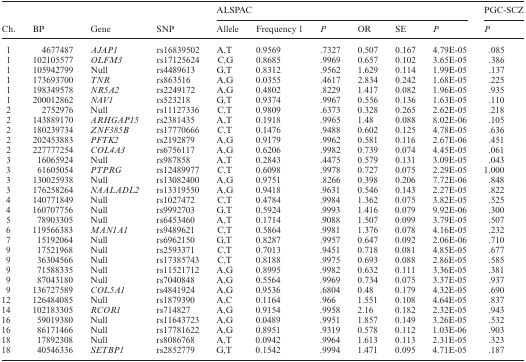
<table><thead><tr><td rowspan="2"><b>Ch.</b></td><td rowspan="2"><b>BP</b></td><td rowspan="2"><b>Gene</b></td><td rowspan="2"><b>SNP</b></td><td colspan="6"><b>ALSPAC</b></td><td><b>PGC-SCZ</b></td></tr><tr><td><b>Allele</b></td><td><b>Frequency 1</b></td><td><b><i>P</i></b></td><td><b>OR</b></td><td><b>SE</b></td><td><b><i>P</i></b></td><td><b><i>P</i></b></td></tr></thead><tbody><tr><td>1</td><td>4677487</td><td><i>AJAP1</i></td><td>rs16839502</td><td>A,T</td><td>0.9569</td><td>.7327</td><td>0.507</td><td>0.167</td><td>4.79E-05</td><td>.085</td></tr><tr><td>1</td><td>102105577</td><td><i>OLFM3</i></td><td>rs17125624</td><td>C,G</td><td>0.8685</td><td>.9969</td><td>0.657</td><td>0.102</td><td>3.65E-05</td><td>.386</td></tr><tr><td>1</td><td>105942799</td><td>Null</td><td>rs4489613</td><td>G,T</td><td>0.8312</td><td>.9562</td><td>1.629</td><td>0.114</td><td>1.99E-05</td><td>.137</td></tr><tr><td>1</td><td>173693700</td><td><i>TNR</i></td><td>rs863516</td><td>A,G</td><td>0.0355</td><td>.4617</td><td>2.834</td><td>0.242</td><td>1.68E-05</td><td>.225</td></tr><tr><td>1</td><td>198349578</td><td><i>NR5A2</i></td><td>rs2249172</td><td>A,G</td><td>0.4802</td><td>.8229</td><td>1.417</td><td>0.082</td><td>1.96E-05</td><td>.935</td></tr><tr><td>1</td><td>200012862</td><td><i>NAV1</i></td><td>rs523218</td><td>G,T</td><td>0.9374</td><td>.9967</td><td>0.556</td><td>0.136</td><td>1.63E-05</td><td>.110</td></tr><tr><td>2</td><td>2752976</td><td>Null</td><td>rs11127336</td><td>C,T</td><td>0.9809</td><td>.6373</td><td>0.328</td><td>0.265</td><td>2.62E-05</td><td>.218</td></tr><tr><td>2</td><td>143889170</td><td><i>ARHGAP15</i></td><td>rs2381435</td><td>A,T</td><td>0.1918</td><td>.9965</td><td>1.48</td><td>0.088</td><td>8.02E-06</td><td>.105</td></tr><tr><td>2</td><td>180239734</td><td><i>ZNF385B</i></td><td>rs17770666</td><td>C,T</td><td>0.1476</td><td>.9488</td><td>0.602</td><td>0.125</td><td>4.78E-05</td><td>.636</td></tr><tr><td>2</td><td>202453883</td><td><i>PFTK2</i></td><td>rs2192879</td><td>A,G</td><td>0.9179</td><td>.9962</td><td>0.581</td><td>0.116</td><td>2.67E-06</td><td>.451</td></tr><tr><td>2</td><td>227777254</td><td><i>COL4A3</i></td><td>rs6756117</td><td>A,G</td><td>0.6206</td><td>.9982</td><td>0.739</td><td>0.074</td><td>4.45E-05</td><td>.061</td></tr><tr><td>3</td><td>16065924</td><td>Null</td><td>rs987858</td><td>A,T</td><td>0.2843</td><td>.4475</td><td>0.579</td><td>0.131</td><td>3.09E-05</td><td>.043</td></tr><tr><td>3</td><td>61605054</td><td><i>PTPRG</i></td><td>rs12489977</td><td>C,T</td><td>0.6098</td><td>.9978</td><td>0.727</td><td>0.075</td><td>2.29E-05</td><td>1.000</td></tr><tr><td>3</td><td>130025938</td><td>Null</td><td>rs13082400</td><td>A,G</td><td>0.9751</td><td>.8266</td><td>0.398</td><td>0.206</td><td>7.72E-06</td><td>.848</td></tr><tr><td>3</td><td>176258264</td><td><i>NAALADL2</i></td><td>rs13319550</td><td>A,G</td><td>0.9418</td><td>.9631</td><td>0.546</td><td>0.143</td><td>2.27E-05</td><td>.822</td></tr><tr><td>4</td><td>140771849</td><td>Null</td><td>rs1027472</td><td>C,T</td><td>0.4784</td><td>.9984</td><td>1.362</td><td>0.075</td><td>3.82E-05</td><td>.525</td></tr><tr><td>4</td><td>160707756</td><td>Null</td><td>rs9992703</td><td>G,T</td><td>0.5924</td><td>.9993</td><td>1.416</td><td>0.079</td><td>9.92E-06</td><td>.300</td></tr><tr><td>5</td><td>78903305</td><td>Null</td><td>rs6453460</td><td>A,T</td><td>0.1714</td><td>.9088</td><td>1.507</td><td>0.099</td><td>3.79E-05</td><td>.507</td></tr><tr><td>6</td><td>119566383</td><td><i>MAN1A1</i></td><td>rs9489621</td><td>C,T</td><td>0.5864</td><td>.9981</td><td>1.376</td><td>0.078</td><td>4.16E-05</td><td>.232</td></tr><tr><td>7</td><td>15192064</td><td>Null</td><td>rs6962150</td><td>G,T</td><td>0.8287</td><td>.9957</td><td>0.647</td><td>0.092</td><td>2.06E-06</td><td>.710</td></tr><tr><td>9</td><td>17521968</td><td>Null</td><td>rs2593371</td><td>C,T</td><td>0.7013</td><td>.9451</td><td>0.718</td><td>0.081</td><td>4.85E-05</td><td>.677</td></tr><tr><td>9</td><td>36304566</td><td>Null</td><td>rs17385743</td><td>C,T</td><td>0.8188</td><td>.9975</td><td>0.693</td><td>0.088</td><td>2.86E-05</td><td>.585</td></tr><tr><td>9</td><td>71588335</td><td>Null</td><td>rs11521712</td><td>A,G</td><td>0.8995</td><td>.9982</td><td>0.632</td><td>0.111</td><td>3.36E-05</td><td>.381</td></tr><tr><td>9</td><td>87043180</td><td>Null</td><td>rs7040848</td><td>A,G</td><td>0.5564</td><td>.9969</td><td>0.734</td><td>0.075</td><td>3.37E-05</td><td>.937</td></tr><tr><td>9</td><td>136727589</td><td><i>COL5A1</i></td><td>rs4841924</td><td>A,G</td><td>0.9536</td><td>.6804</td><td>0.48</td><td>0.179</td><td>4.32E-05</td><td>.690</td></tr><tr><td>12</td><td>126484085</td><td>Null</td><td>rs1879390</td><td>A,C</td><td>0.1164</td><td>.966</td><td>1.551</td><td>0.108</td><td>4.64E-05</td><td>.837</td></tr><tr><td>14</td><td>102183305</td><td><i>RCOR1</i></td><td>rs714827</td><td>A,G</td><td>0.9154</td><td>.9958</td><td>2.16</td><td>0.182</td><td>2.32E-05</td><td>.943</td></tr><tr><td>16</td><td>59019380</td><td>Null</td><td>rs11643723</td><td>A,G</td><td>0.0489</td><td>.9951</td><td>1.857</td><td>0.149</td><td>3.26E-05</td><td>.532</td></tr><tr><td>16</td><td>86171466</td><td>Null</td><td>rs17781622</td><td>A,G</td><td>0.8951</td><td>.9319</td><td>0.578</td><td>0.112</td><td>1.03E-06</td><td>.903</td></tr><tr><td>18</td><td>17892308</td><td>Null</td><td>rs8086768</td><td>A,T</td><td>0.0942</td><td>.9964</td><td>1.613</td><td>0.113</td><td>2.31E-05</td><td>.323</td></tr><tr><td>18</td><td>40546336</td><td><i>SETBP1</i></td><td>rs2852779</td><td>G,T</td><td>0.1542</td><td>.9994</td><td>1.471</td><td>0.095</td><td>4.71E-05</td><td>.187</td></tr></tbody></table>